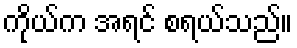
ကိုယ်က အရင် စရယ်သည်။